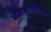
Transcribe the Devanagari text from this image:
मेसोथीलिअल